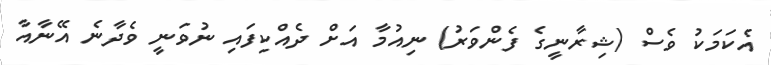
އެކަމަކު ވެސް (ޝިރާނީގެ ފެންވަރު) ނިއުމާ އަށް ދެއްކިފައި ނުވަނީ ވެދާނެ އޭނާއާ